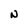
Character: N